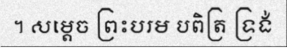
។ សម្តេច ព្រះបរម បពិត្រ ទ្រង់